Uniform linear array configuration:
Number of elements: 48
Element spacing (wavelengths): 1
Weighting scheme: blackman
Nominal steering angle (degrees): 15
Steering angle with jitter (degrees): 16.902
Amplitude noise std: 0.05
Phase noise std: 0.05

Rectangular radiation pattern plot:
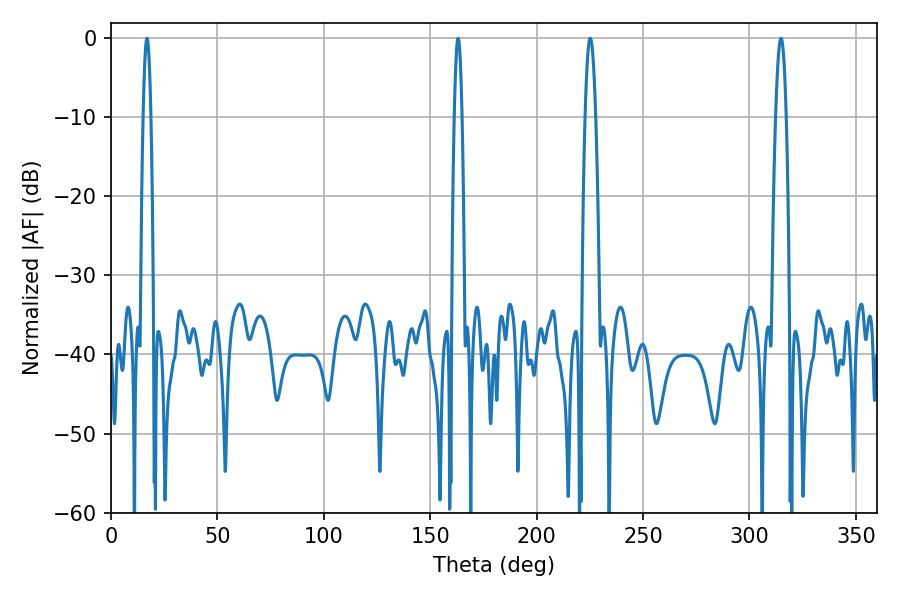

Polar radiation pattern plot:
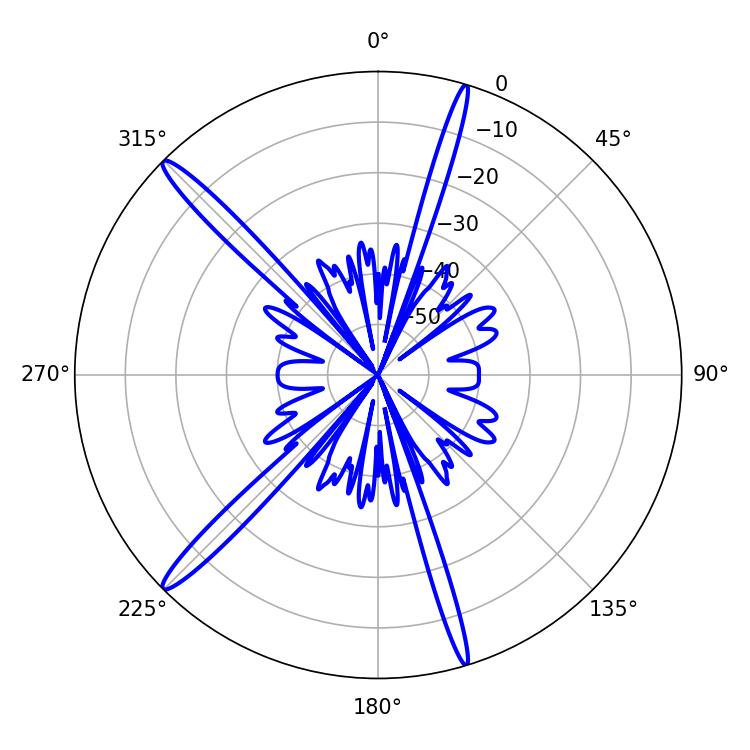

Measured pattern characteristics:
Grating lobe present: TRUE
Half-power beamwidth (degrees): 2.52
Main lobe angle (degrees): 225.18